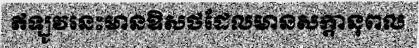
ឥឡូវនេះមានឱសថដែលមានសក្តានុពល